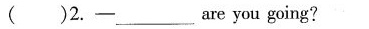
( )2.-_____are you going?